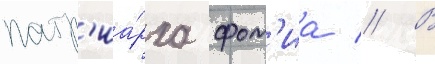
патр'иа́рха фот'иа // В